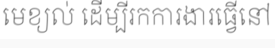
មេខ្យល់ ដើម្បីរកការងារធ្វើនៅ